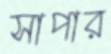
সাপার